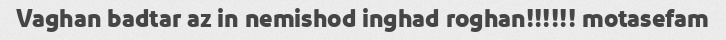
Vaghan badtar az in nemishod inghad roghan!!!!!! motasefam